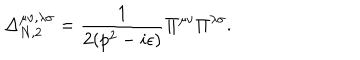
LaTeX: \Delta _ { N , 2 } ^ { \mu \nu , \lambda \sigma } = \frac { 1 } { 2 ( p ^ { 2 } - i \epsilon ) } \Pi ^ { \mu \nu } \Pi ^ { \lambda \sigma } .